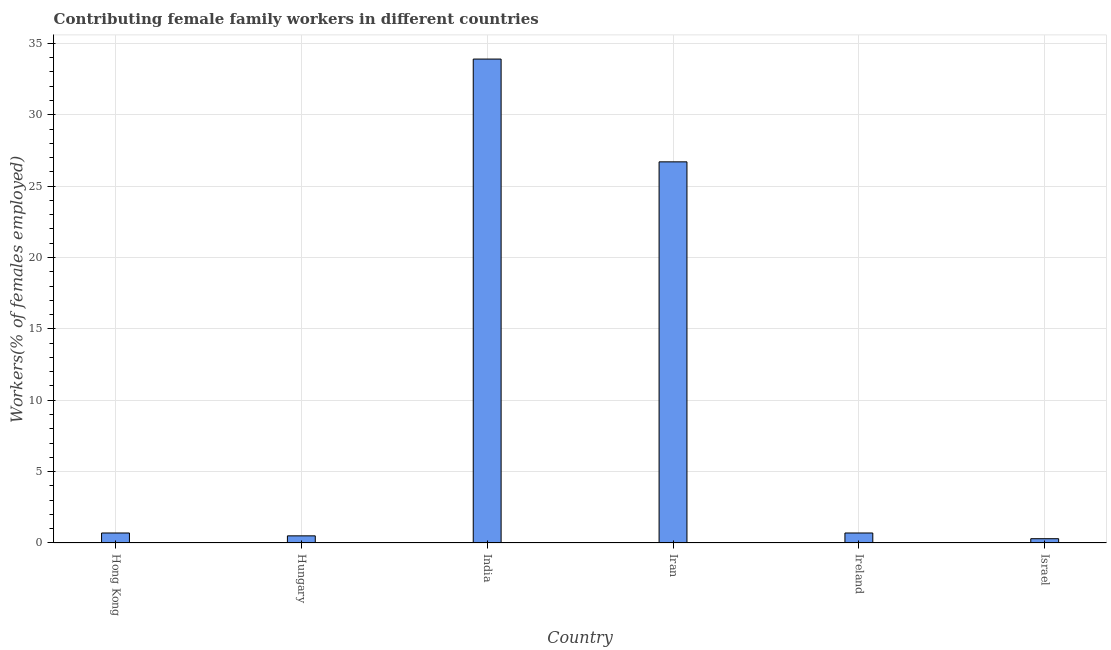
| Country | Contributing family workers |
 | --- | --- |
 | Hong Kong | 0.7 |
 | Hungary | 0.5 |
 | India | 33.9 |
 | Iran | 26.7 |
 | Ireland | 0.7 |
 | Israel | 0.3 |